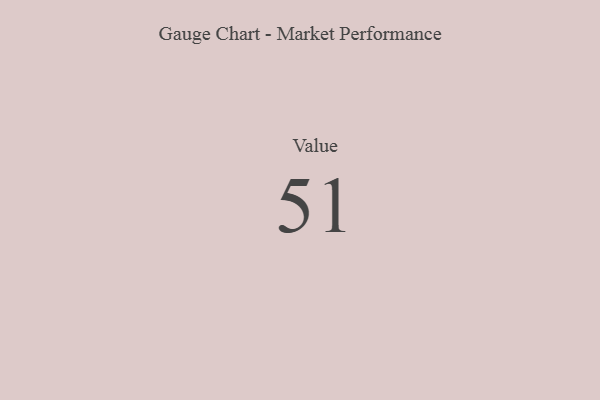
{"axis": {"x": "Metric", "y": "Value"}, "legend": [""], "data": [{"x": "Value", "y": 51, "type": ""}]}